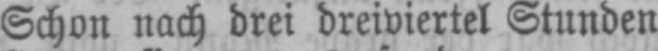
Schon nach drei dreiviertel Stunden